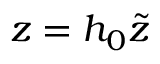
z = h _ { 0 } \tilde { z }